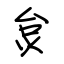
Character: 炱